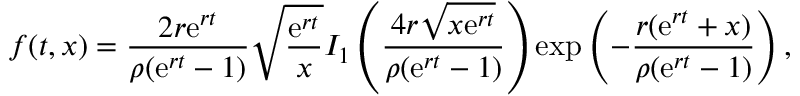
f ( t , x ) = \frac { 2 r { \mathrm { e } } ^ { r t } } { \rho ( { \mathrm { e } } ^ { r t } - 1 ) } \sqrt { \frac { { \mathrm { e } } ^ { r t } } { x } } I _ { 1 } \left( \frac { 4 r \sqrt { x { \mathrm { e } } ^ { r t } } } { \rho ( { \mathrm { e } } ^ { r t } - 1 ) } \right) { \mathrm { e x p } } \left( - \frac { r ( { \mathrm { e } } ^ { r t } + x ) } { \rho ( { \mathrm { e } } ^ { r t } - 1 ) } \right) ,